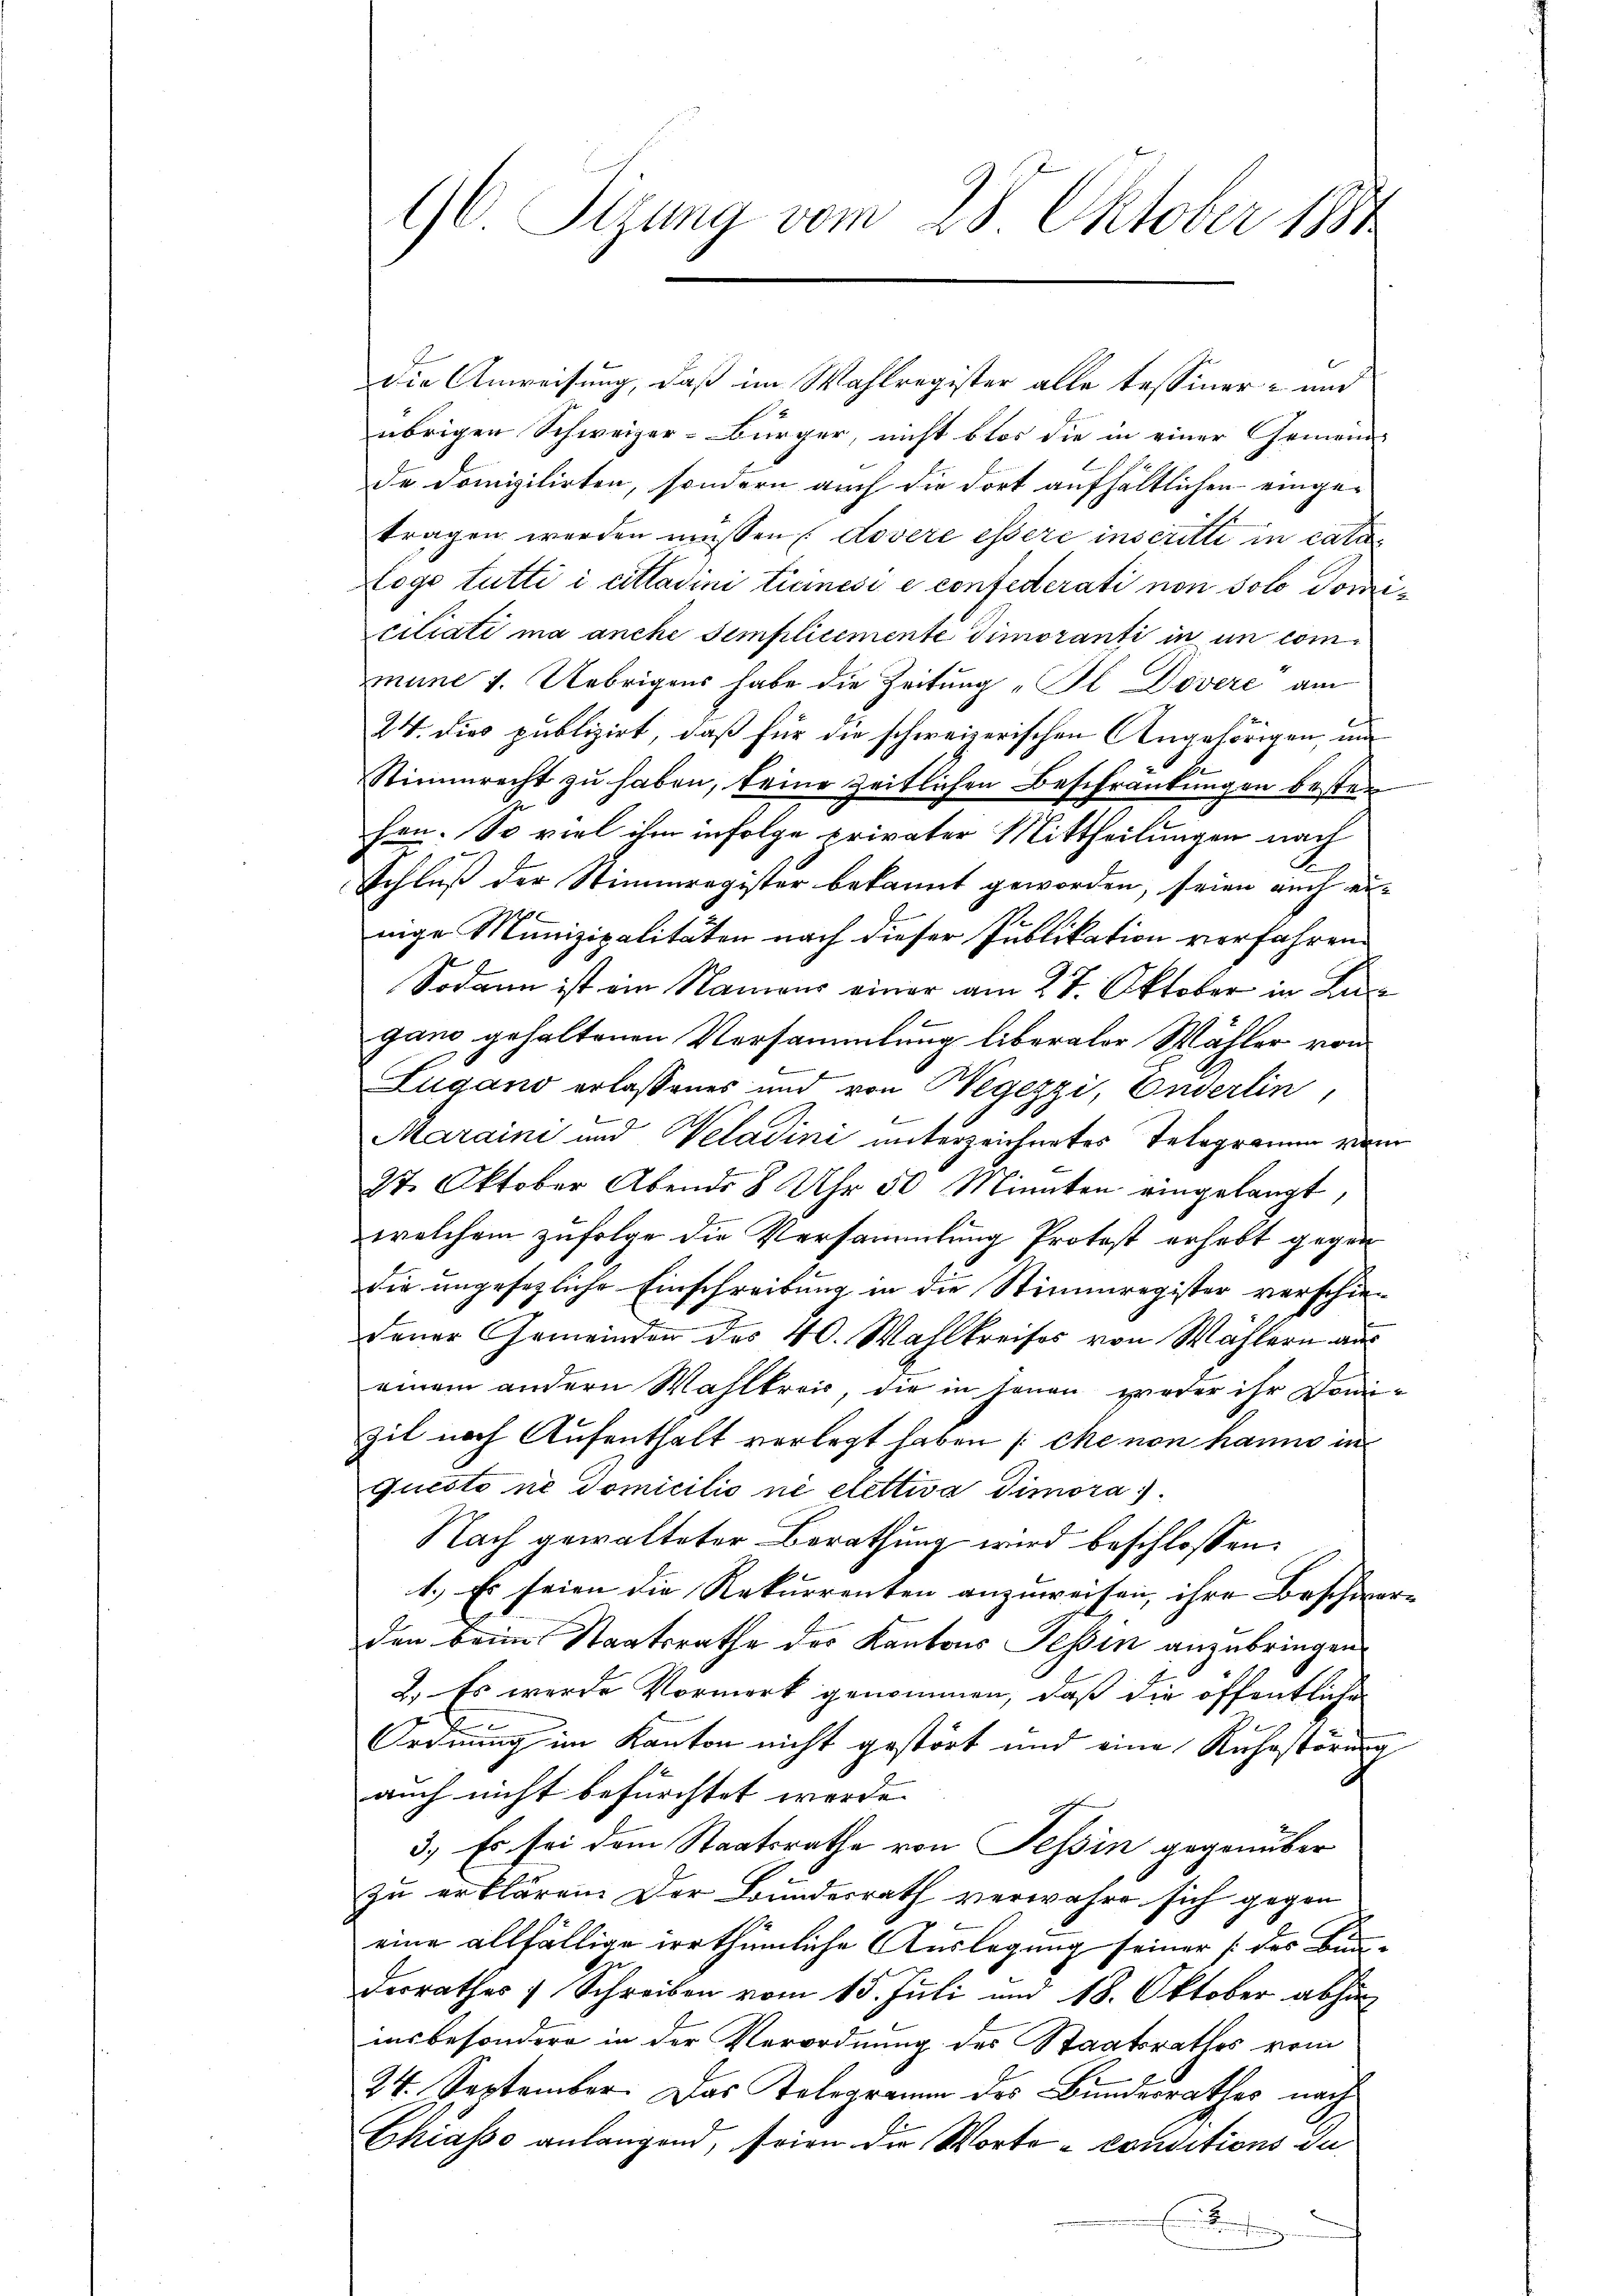
96 Sizung vom 28. Oktober 1881

die Anweisung, daß im Wahlregister alle Tessiner- und
übrigen Schweizer-Bürger, nicht blos die in einer Gemein-
de Domizilirten, sondern auch die dort aufhältlichen eingetragen werden müssen (Kovere essere inscritti in cas
Logo tutti i cittadini tiinesi e confederati non solo domiciliati ma anche semplicemente dimoranti in in commune 1. Uebrigens habe die Zeitung „Il Dovere“ am
24. dies publizirt, daß für die schweizerischen Angehörigen, und
Stimmrecht zu haben, keine zeitlichen Beschränkungen besten
hen. So viel ihm infolge privater Mittheilungen nach
Schluß der Stimmregister bekannt geworden, seien auch ernige Munizipalitäten nach dieser Publikation vorfahren.
Sodann ist ein Namens einer am 27. Oktober in Lu
gano gehaltenen Versammlung liberaler Wähler von
Zugano erlassenes und von Wegezzi, Ouverlin,
Maraini und Weladini unterzeichnetes Telegramm vom
27. Oktober Abends 8 Uhr 50 Minuten eingelangt,
welchem zufolge die Versammlung Protost erhebt gegen
Dir ungesezliche Einschreibung in die Stimmregister verschiedener Gemeinden des 40. Wahlkreises von Wählern aus
einem andern Wahlkreis, die in jenen weder ihr Dom-
zil nach Aufenthalt vorlegt haben ( che non hanno in
questo ne domicilio ne stettiva dimora
Nach gewalteter Berathung wird beschlossen:
1.) Es seien die Rekurrenten anzuweisen, ihre Beschwerden beim Staatsrathe des Kantons Tessin anzubringen.
2.) Es werde Vormerk genommen, daß die öffentliche
Ordnung im Kanton nicht gestört und eine Ruhestörung
auch nicht befürchtet werde. |
3.) Es sei dem Staatsrathe von Tessin gegenüber
zu erklären. Der Bundesrath verwahre sich gegen
eine allfällige irrthümliche Auslegung seiner (des Bun-
8
derrathes 1 Schreiben vom 15. Juli und 18. Oktober abhäninsbesondere in der Verordnung des Staatsrathes vom
24. September. Das Telegramm des Bundesrathes nach
Chiasso anlangend, seien die Worte - conditions du
E